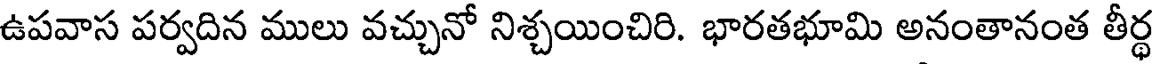
ఉపవాస పర్వదిన ములు వచ్చునో నిశ్చయించిరి. భారతభూమి అనంతానంత తీర్ధ